Report on the cultivation of protesoma, Labbé, in grey mosquitoes
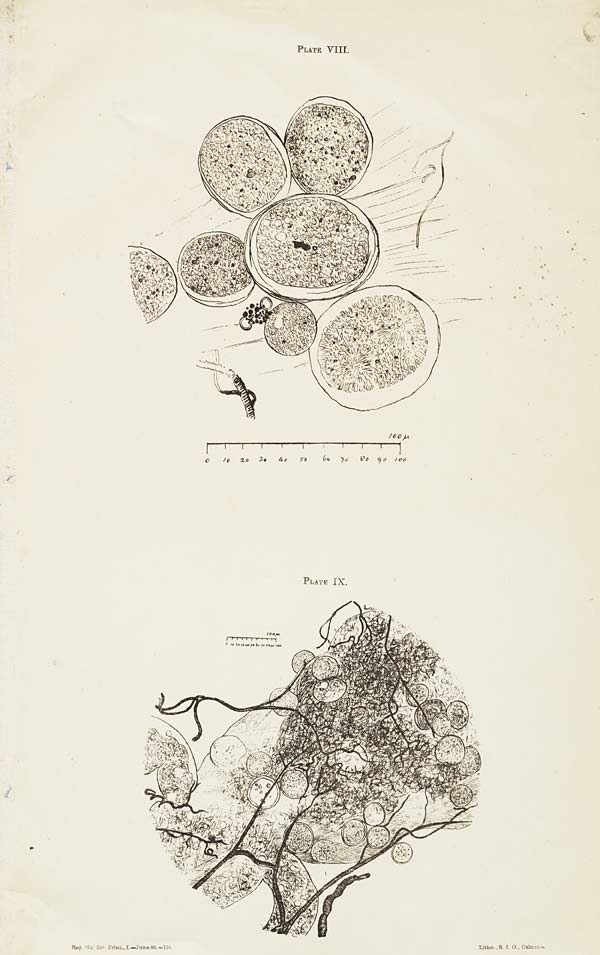
PLATE VIII.
PLATE IX.
Reg. No. 246 Print., I.—June 98.—104.
Litho., S. I. O., Calcutta.